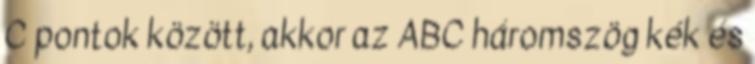
C pontok között, akkor az ABC háromszög kék és